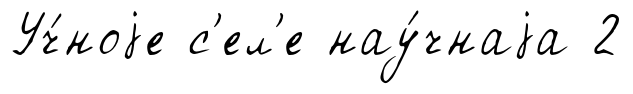
Уч́ноjе с'ел'е нау́чнаjа 2